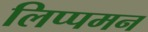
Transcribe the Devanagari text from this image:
लिप्पमन